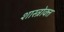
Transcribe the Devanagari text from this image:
शास्‍त्रोक्‍त